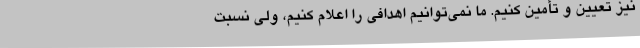
نیز تعیین و تأمین کنیم. ما نمی‌توانیم اهدافی را اعلام کنیم، ولی نسبت